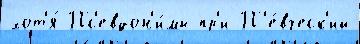
хот'я́ Пс'евдон'и́мы пр'и П'е́вческ'ий